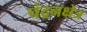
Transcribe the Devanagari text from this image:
चंद्रनक्षेत्र